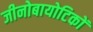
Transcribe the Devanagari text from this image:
जीनोबायोटिकों